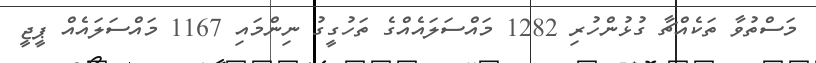
މަސްތުވާ ތަކެއްޗާ ގުޅުންހުރި 1282 މައްސަލައެއްގެ ތަހުގީގު ނިންމައި 1167 މައްސަލައެއް ޕީޖީ